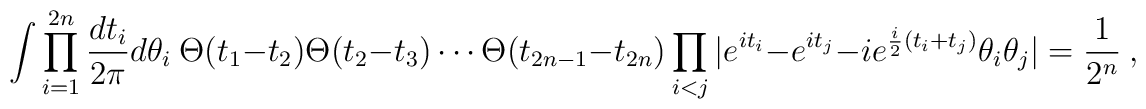
\int \prod_{i=1}^{2n}{dt_i\over 2\pi} d\theta_i  ~ \Theta(t_1-t_2) \Theta(t_2-t_3) \cdots \Theta(t_{2n-1}-t_{2n})\prod_{i<j} | e^{it_i}-e^{it_j} - i e^{\frac{i}{2} (t_i+t_j)} \theta_i \theta_j | = {1\over 2^n}~,